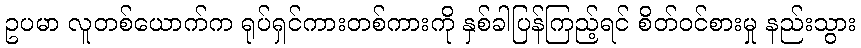
ဥပမာ လူတစ်ယောက်က ရုပ်ရှင်ကားတစ်ကားကို နှစ်ခါပြန်ကြည့်ရင် စိတ်ဝင်စားမှု နည်းသွား